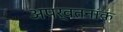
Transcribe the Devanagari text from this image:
अपर्वतनांक